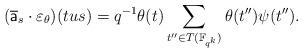
LaTeX: \begin{align*} (\overline{\mathsf{a}}_s \cdot \varepsilon_{\theta})(tus) & = q^{-1}\theta(t) \sum_{t'' \in T(\mathbb{F}_{q^k})}\theta(t'')\psi(t'').\end{align*}